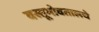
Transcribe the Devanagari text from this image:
वस्तूभोवतालचे